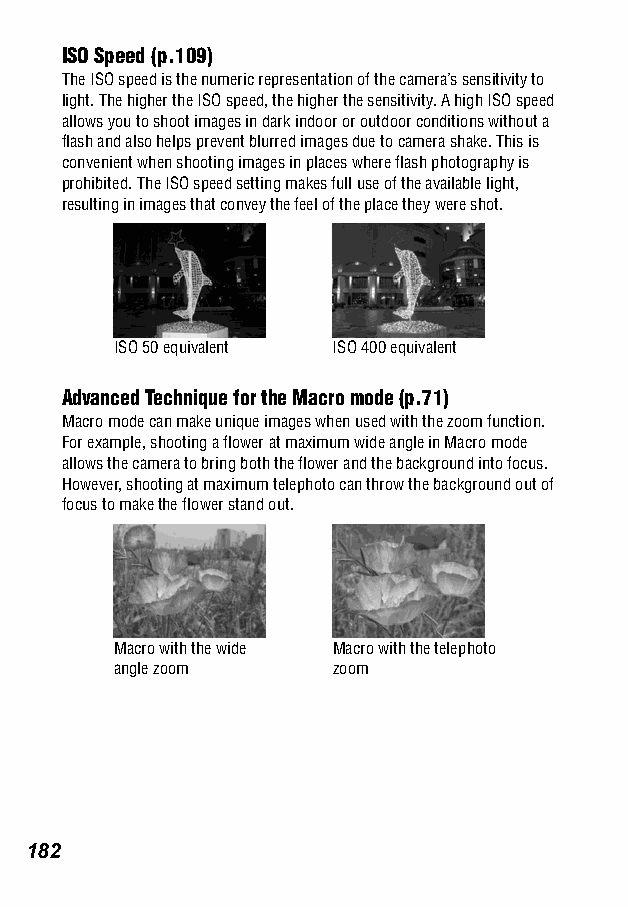
ISO Speed (p.109)
 The ISO speed is the numeric representation of the camera’s sensitivity to
 light. The higher the ISO speed, the higher the sensitivity. A high ISO speed
 allows you to shoot images in dark indoor or outdoor conditions without a
 flash and also helps prevent blurred images due to camera shake. This is
 convenient when shooting images in places where flash photography is
 prohibited. The ISO speed setting makes full use of the available light,
 resulting in images that convey the feel of the place they were shot.
 ISO 50 equivalent ISO 400 equivalent
 Advanced Technique for the Macro mode (p.71)
 Macro mode can make unique images when used with the zoom function.
 For example, shooting a flower at maximum wide angle in Macro mode
 allows the camera to bring both the flower and the background into focus.
 However, shooting at maximum telephoto can throw the background out of
 focus to make the flower stand out.
 Macro with the wide Macro with the telephoto
 angle zoom    zoom
 182